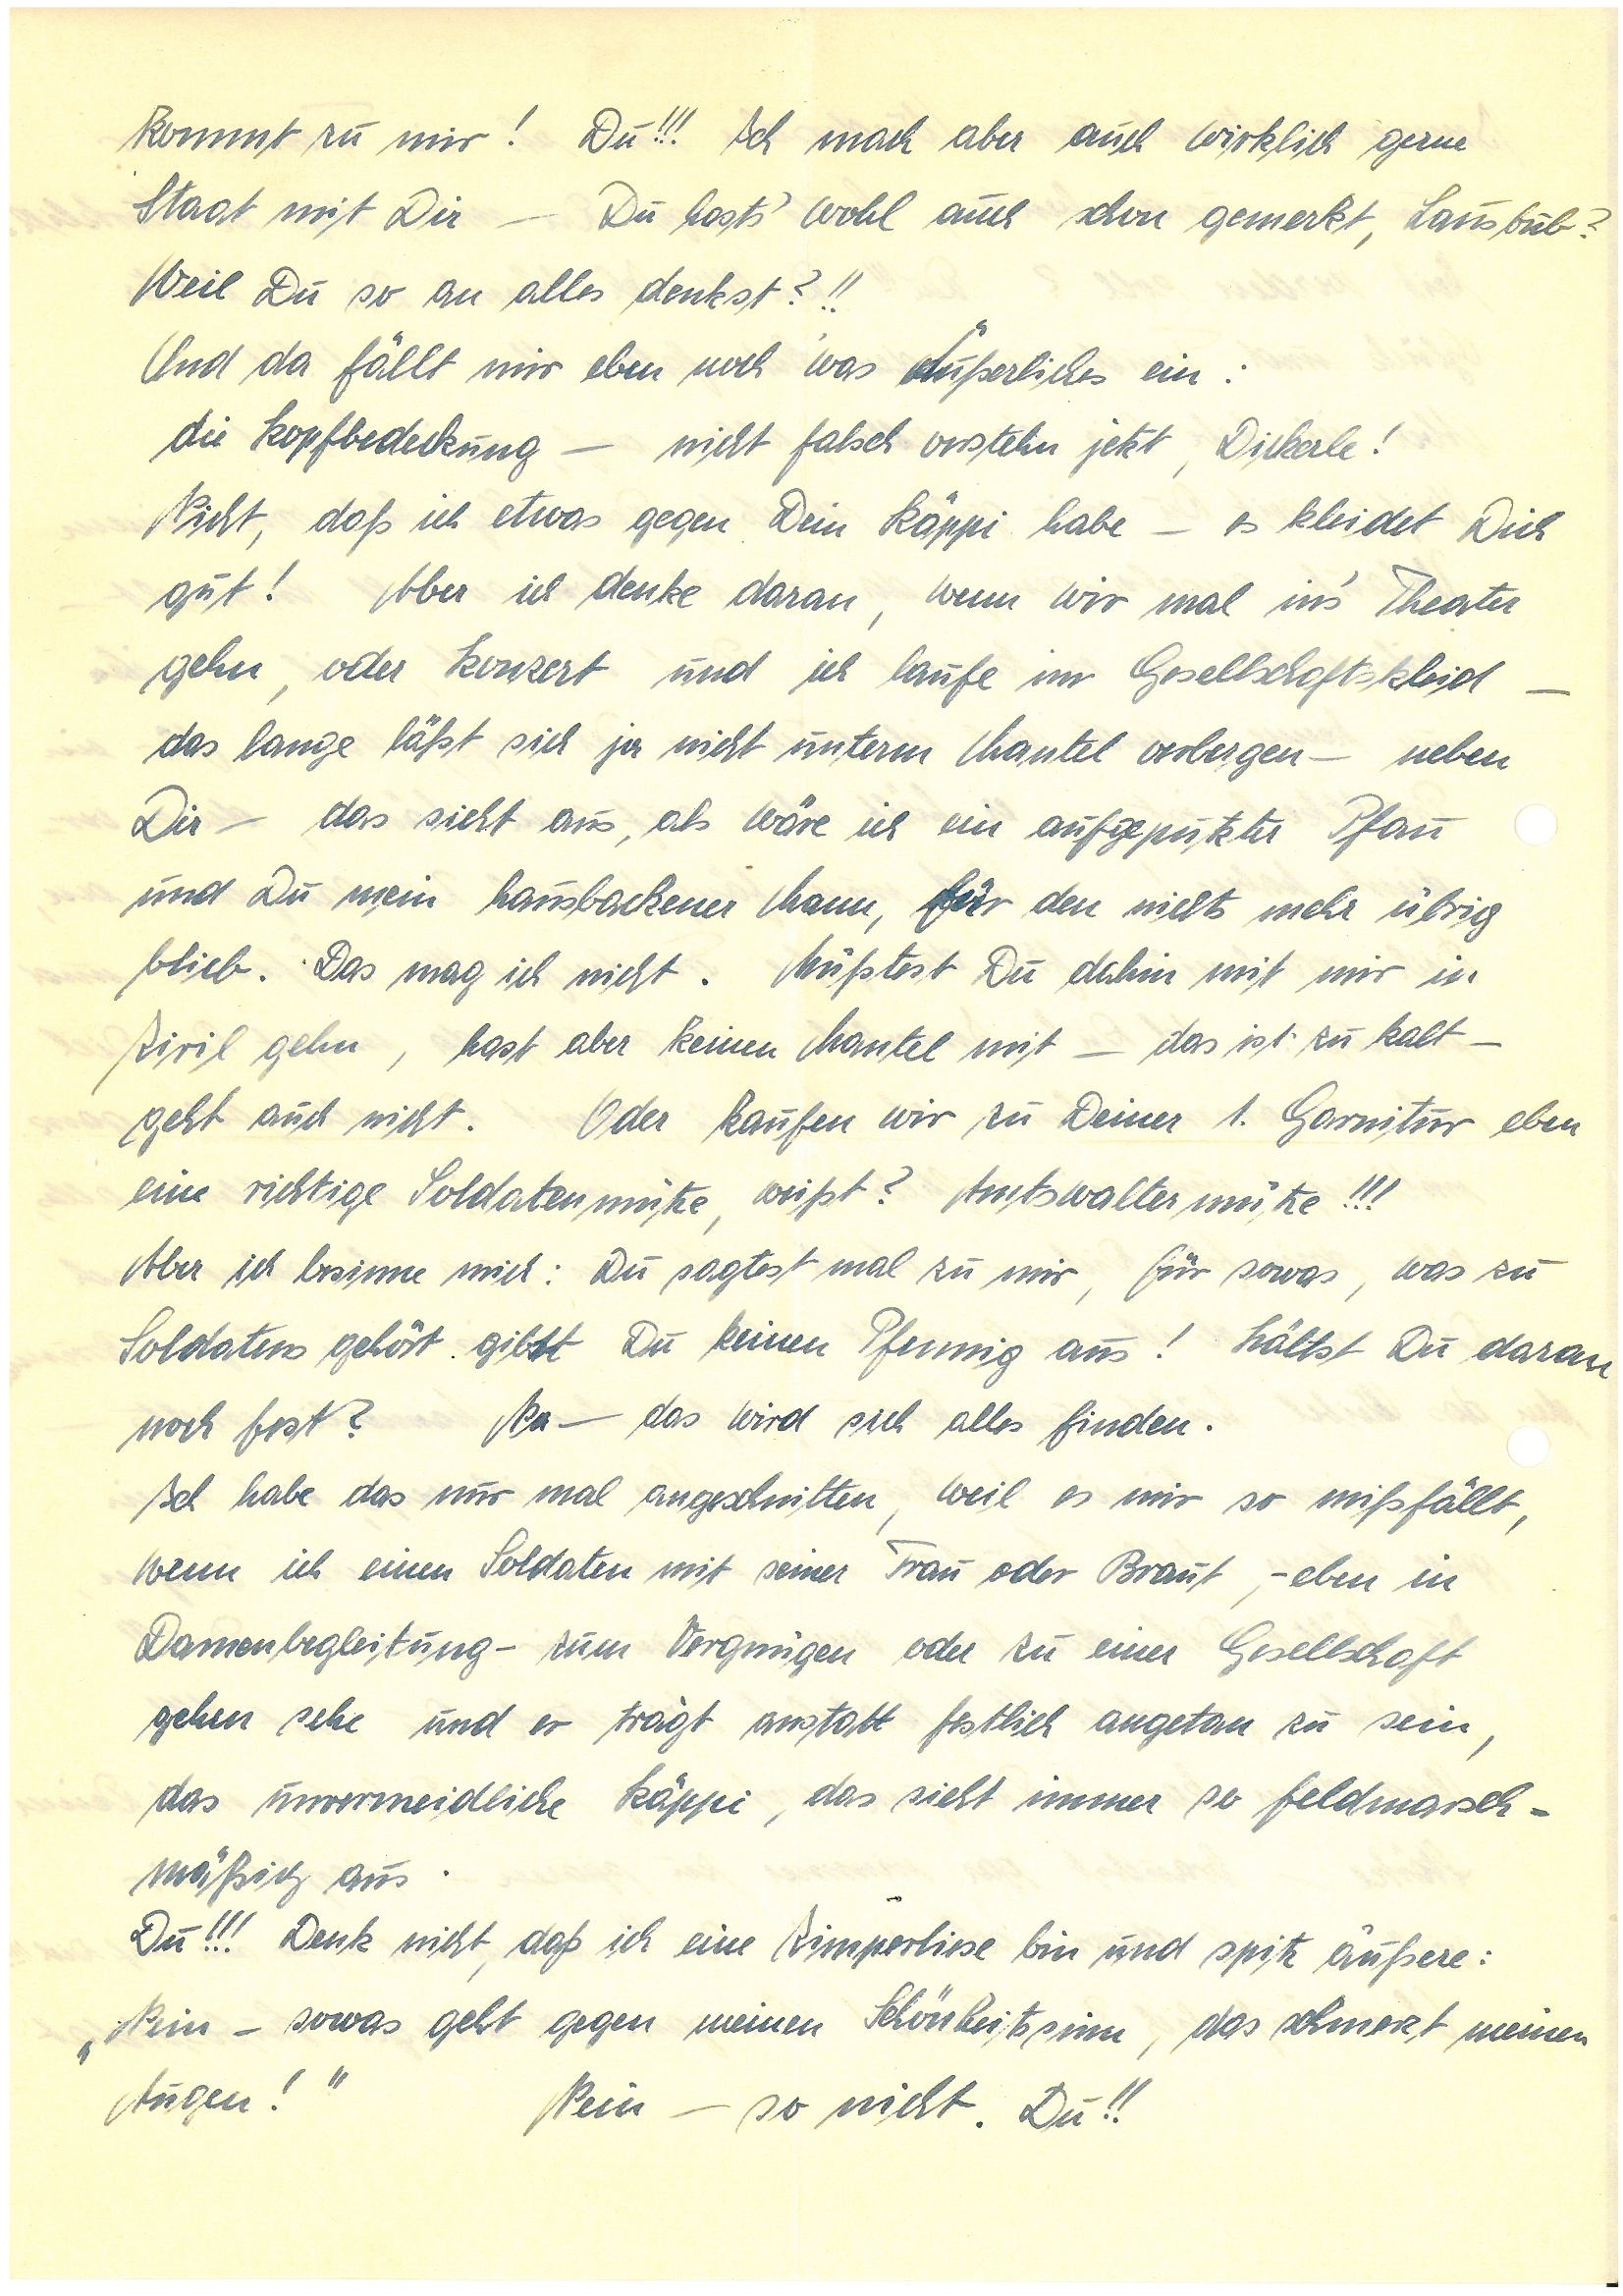
kommt zu mir! Du!!! Ich mach aber auch wirklich gerne
Staat mit Dir – Du hasts wohl auch schon gemerkt, Lausbub?
Weil Du so an alles denkst?!!
Und da fällt mir eben noch was Äußerliches ein:
die Kopfbedeckung – nicht falsch verstehn jetzt, Dickerle!
Nicht, daß ich etwas gegen Dein Käppi habe – es kleidet Dich
gut! Aber ich denke daran, wenn wir mal in’s Theater
gehn, oder Konzert und ich laufe im Gesellschaftskleid –
das lange läßt sich ja nicht unterm Mantel verbergen – neben
Dir – das sieht aus, als wäre ich ein aufgeputzter Pfau
und Du mein hausbackener Mann, für den nichts mehr übrig
blieb. Das mag ich nicht. Müßtest Du dahin mit mir in
Zivil gehn, hast Du keinen Mantel mit – das ist zu kalt –
geht auch nicht. Oder kaufen wir zu Deiner 1. Garnitur eben
eine richtige Soldatenmütze, weißt? Amtswaltermütze!!!
Aber ich besinne mich: Du sagtest mal zu mir, für sowas, was zu
Soldatens gehört gibst Du keinen Pfennig aus! Hältst Du daran
noch fest? Na – das wird sich alles finden.
Ich habe das nur mal angeschnitten, weil es mir so mißfällt,
wenn ich einen Soldaten mit seiner Frau oder Braut – eben in
Damenbegleitung – zum Vergnügen oder zu einer Gesellschaft
gehen sehe und er trägt anstatt festlich angetan zu sein,
das unvermeidliche Käppi, das sieht immer so feldmarsch¬
mäßig aus.
Du!!! Denk nicht, daß ich eine Zimperliese bin und spitz äußere:
„Nein – sowas geht gegen meinen Schönheitssinn, das schmerzt meinen
Augen!” Nein – so nicht. Du!!